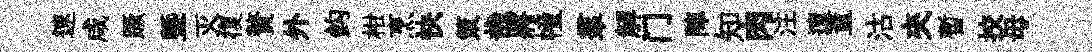
速咸蹶塈灭復贅外鈎柑烹快策哉將幢羣解门陣知肉注邅董沽夾暫挍毋